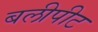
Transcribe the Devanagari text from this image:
बलीपीट